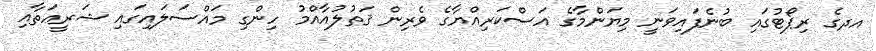
އދގެ ރިޕޯޓުގައި ބުނެފައިވަނީ މިޔަންމާގެ އަސްކަރިއްޔާގެ ވެރިން ޤަތުލުއާއްމު ހިންގި މައްސަލައިގައި ޝަރީޢަތާއި